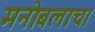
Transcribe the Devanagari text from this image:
मनोबलाचा